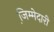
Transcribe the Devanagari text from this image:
जि़म्मेदारी